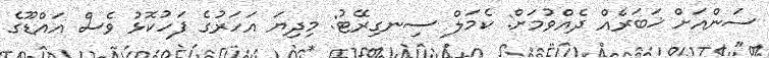
ސަންއަށް ޚަބަރެއް ދެއްވުމަށް: ކެމަލް ސިނގިރޭޓު: މިދިޔަ އަހަރުގެ ފަހުކޮޅު ވެސް އައްޑޫގެ